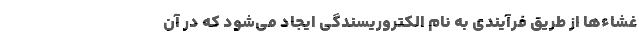
غشاءها از طریق فرآیندی به نام الکتروریسندگی ایجاد می‌شود که در آن